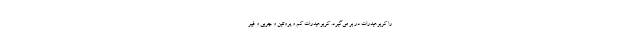
را کربوهیدرات در بر می‌گیرد. کربوهیدرات کم و پروتئین و چربی و فیبر